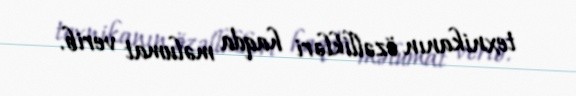
texnikanın özəllikləri haqda məlumat verib.